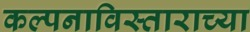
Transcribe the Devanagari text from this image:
कल्पनाविस्ताराच्या